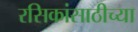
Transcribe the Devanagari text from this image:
रसिकांसाठीच्या